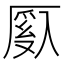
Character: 𫨙